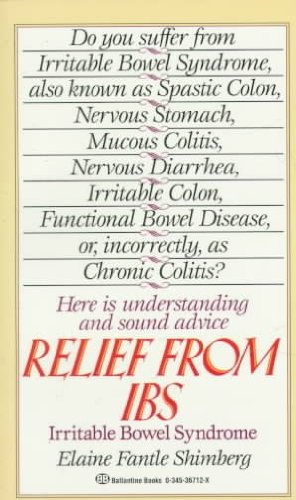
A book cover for RELIEF FROM IBS (Irritable Bowel Syndrome); Elaine Fantle Shimberg; Health, Fitness & Dieting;